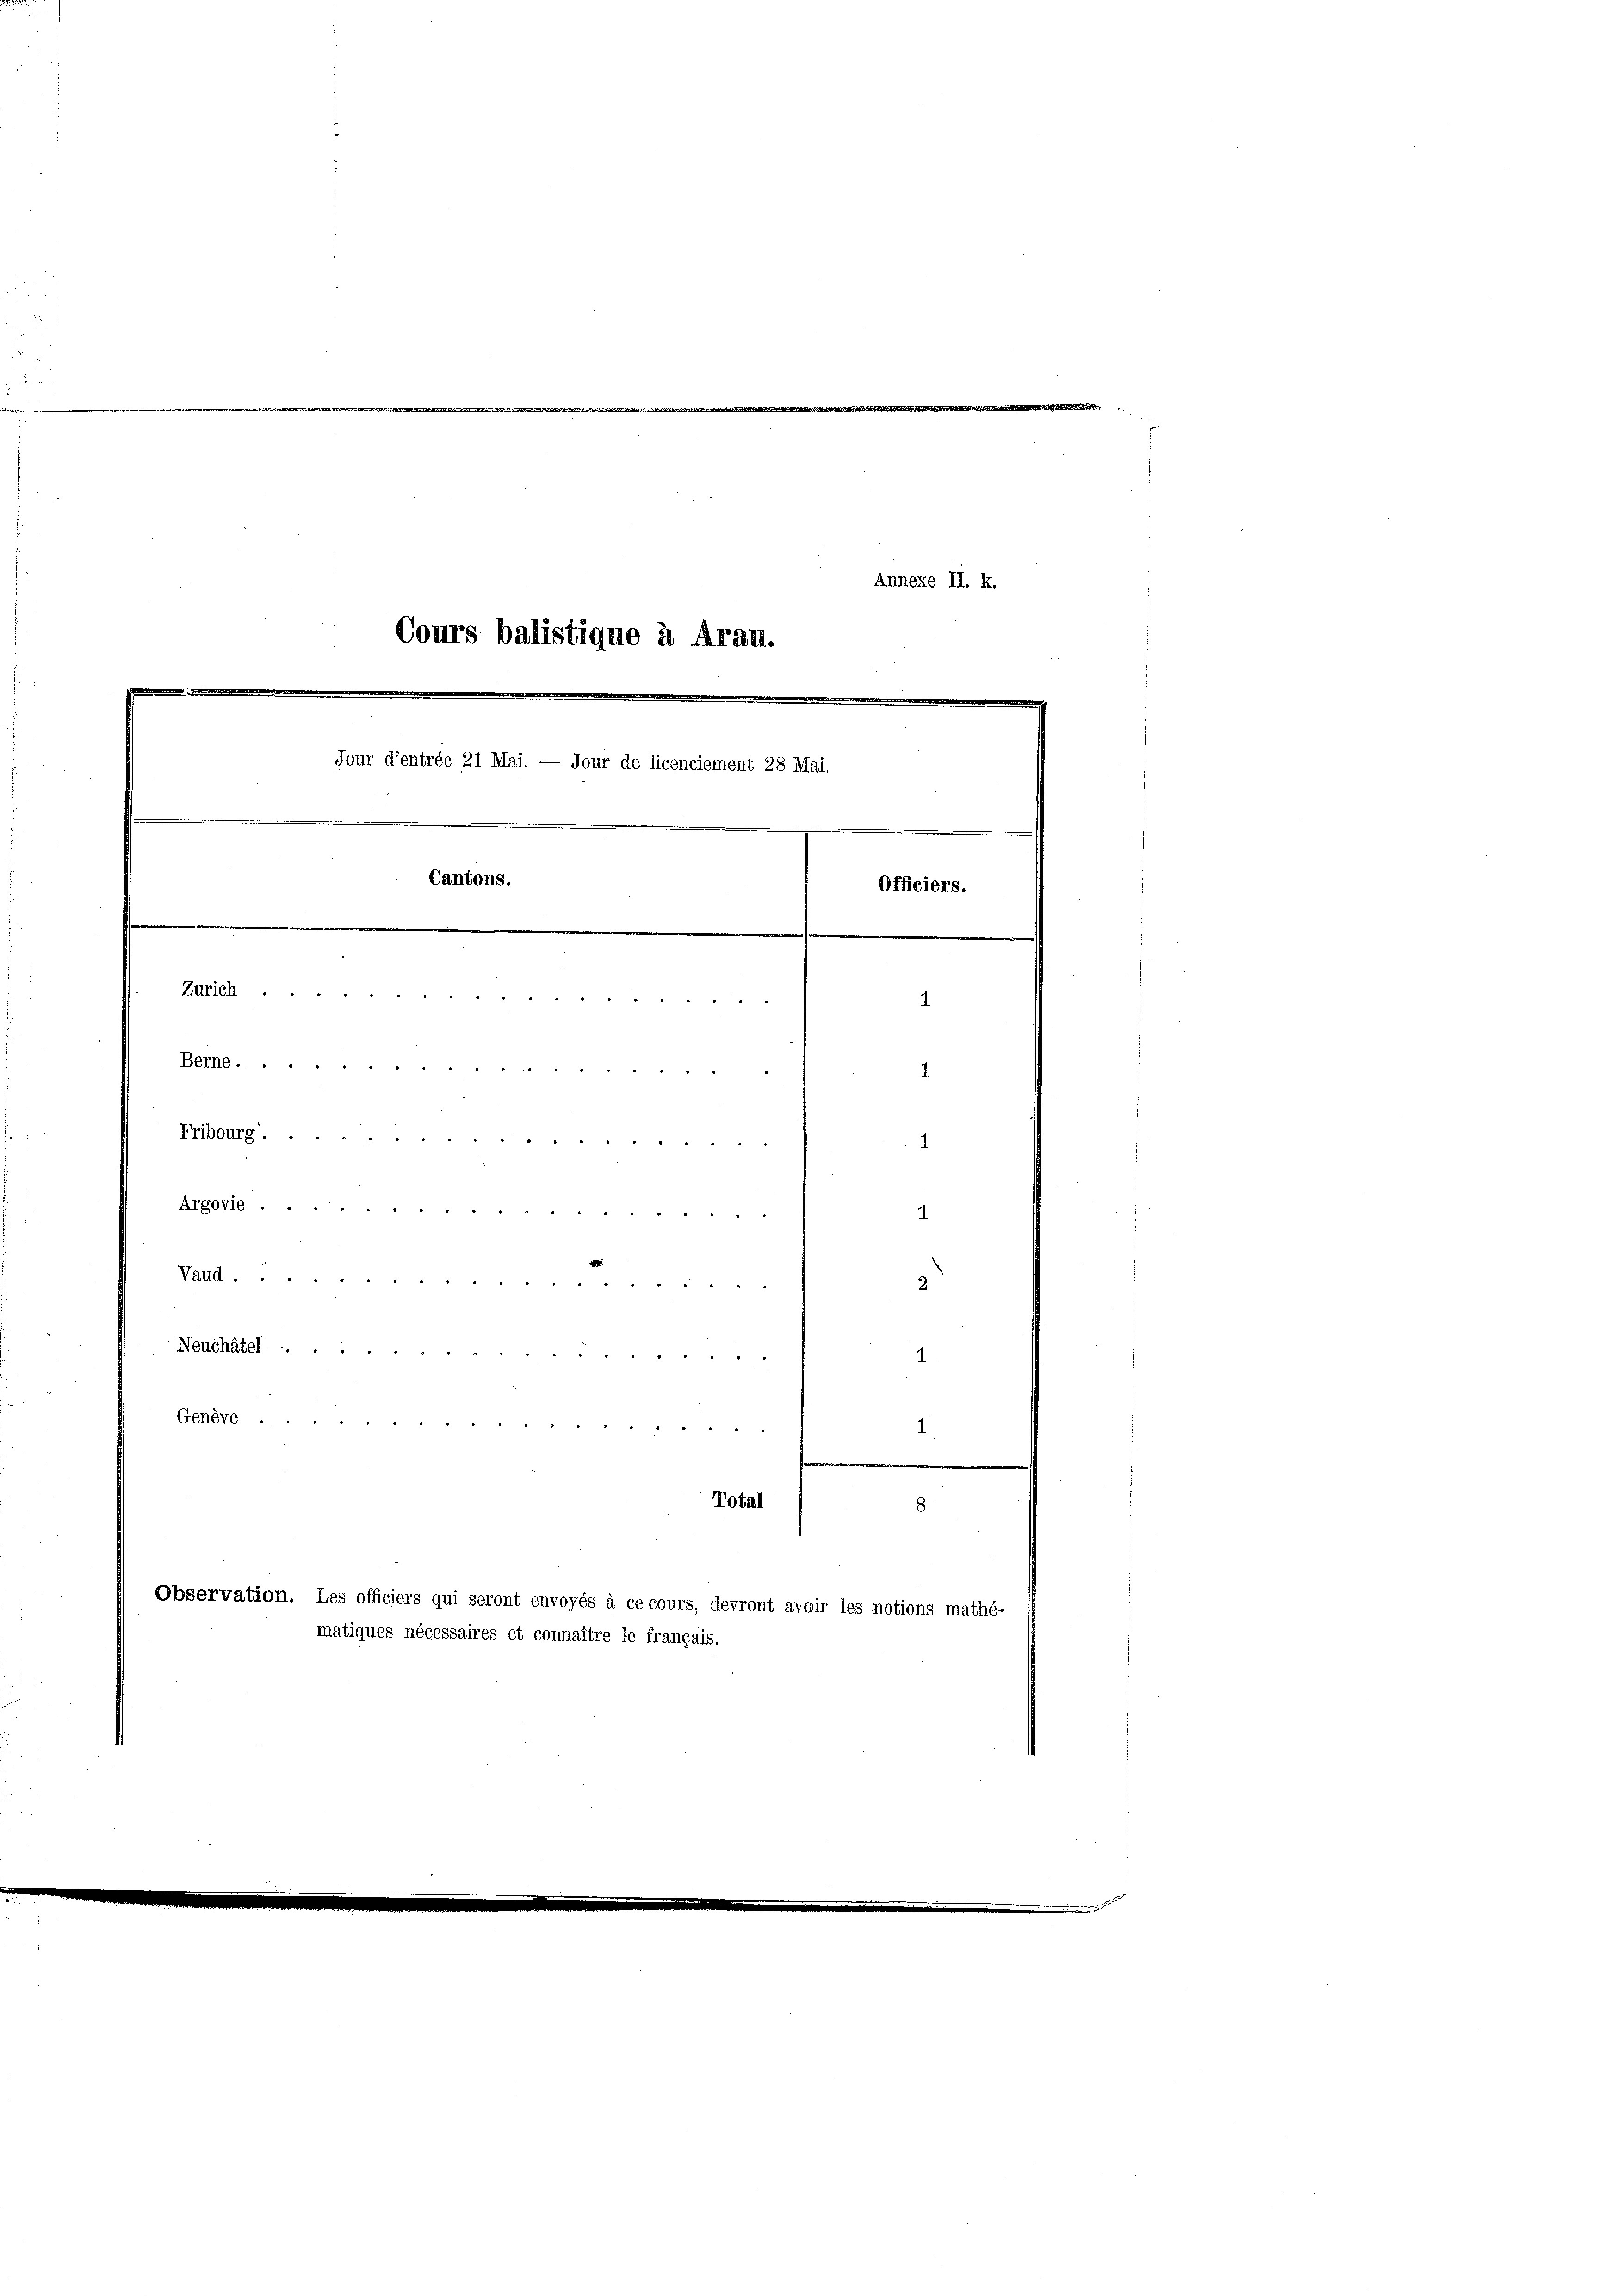
Rat

X
Annexe II. k.
Cours balistique à Aran.
.
Jour d’entrée 21 Mai. — Jour de licenciement 28 Mai.
Cantons.
Officiers.
.

Neuchâtel  ..
Genève ...

Zürich.
            44.    "         " " " " 2
Frihburg . . . . . . . . . . . . . . . . . . 5
      4 " " " " " " "
a. " " " " " " " " " " " " 12 " " " " " 3

Observation. Les officiers qui seront envoyés à ce cours, devront avoir les notions mathé-
matiques nécessaires et connaître le français.

1
un
8

Total

d

2